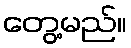
တွေ့မည်။